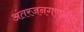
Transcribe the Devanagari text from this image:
अंतरजनगणनीय